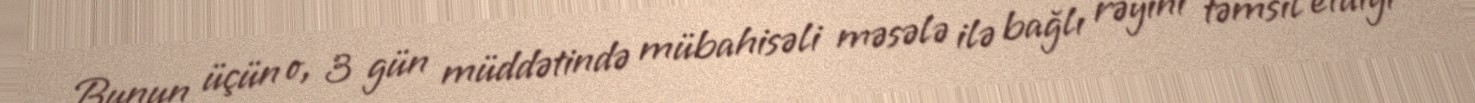
Bunun üçün o, 3 gün müddətində mübahisəli məsələ ilə bağlı rəyini təmsil etdiyi